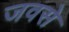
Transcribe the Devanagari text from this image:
जवसे